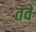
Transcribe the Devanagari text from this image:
तवें